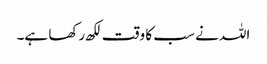
اللہ نے سب کا وقت لکھ رکھا ہے۔